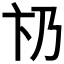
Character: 𠂫